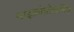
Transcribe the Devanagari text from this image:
माइक्रोप्रोग्रामिंग